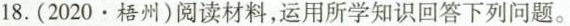
18. (2020.梧州)阅读材料，运用所学知识回答下列问题。